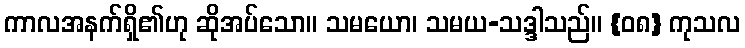
ကာလအနက်ရှိ၏ဟု ဆိုအပ်သော။ သမယော၊ သမယ-သဒ္ဒါသည်။ {၀၈} ကုသလ